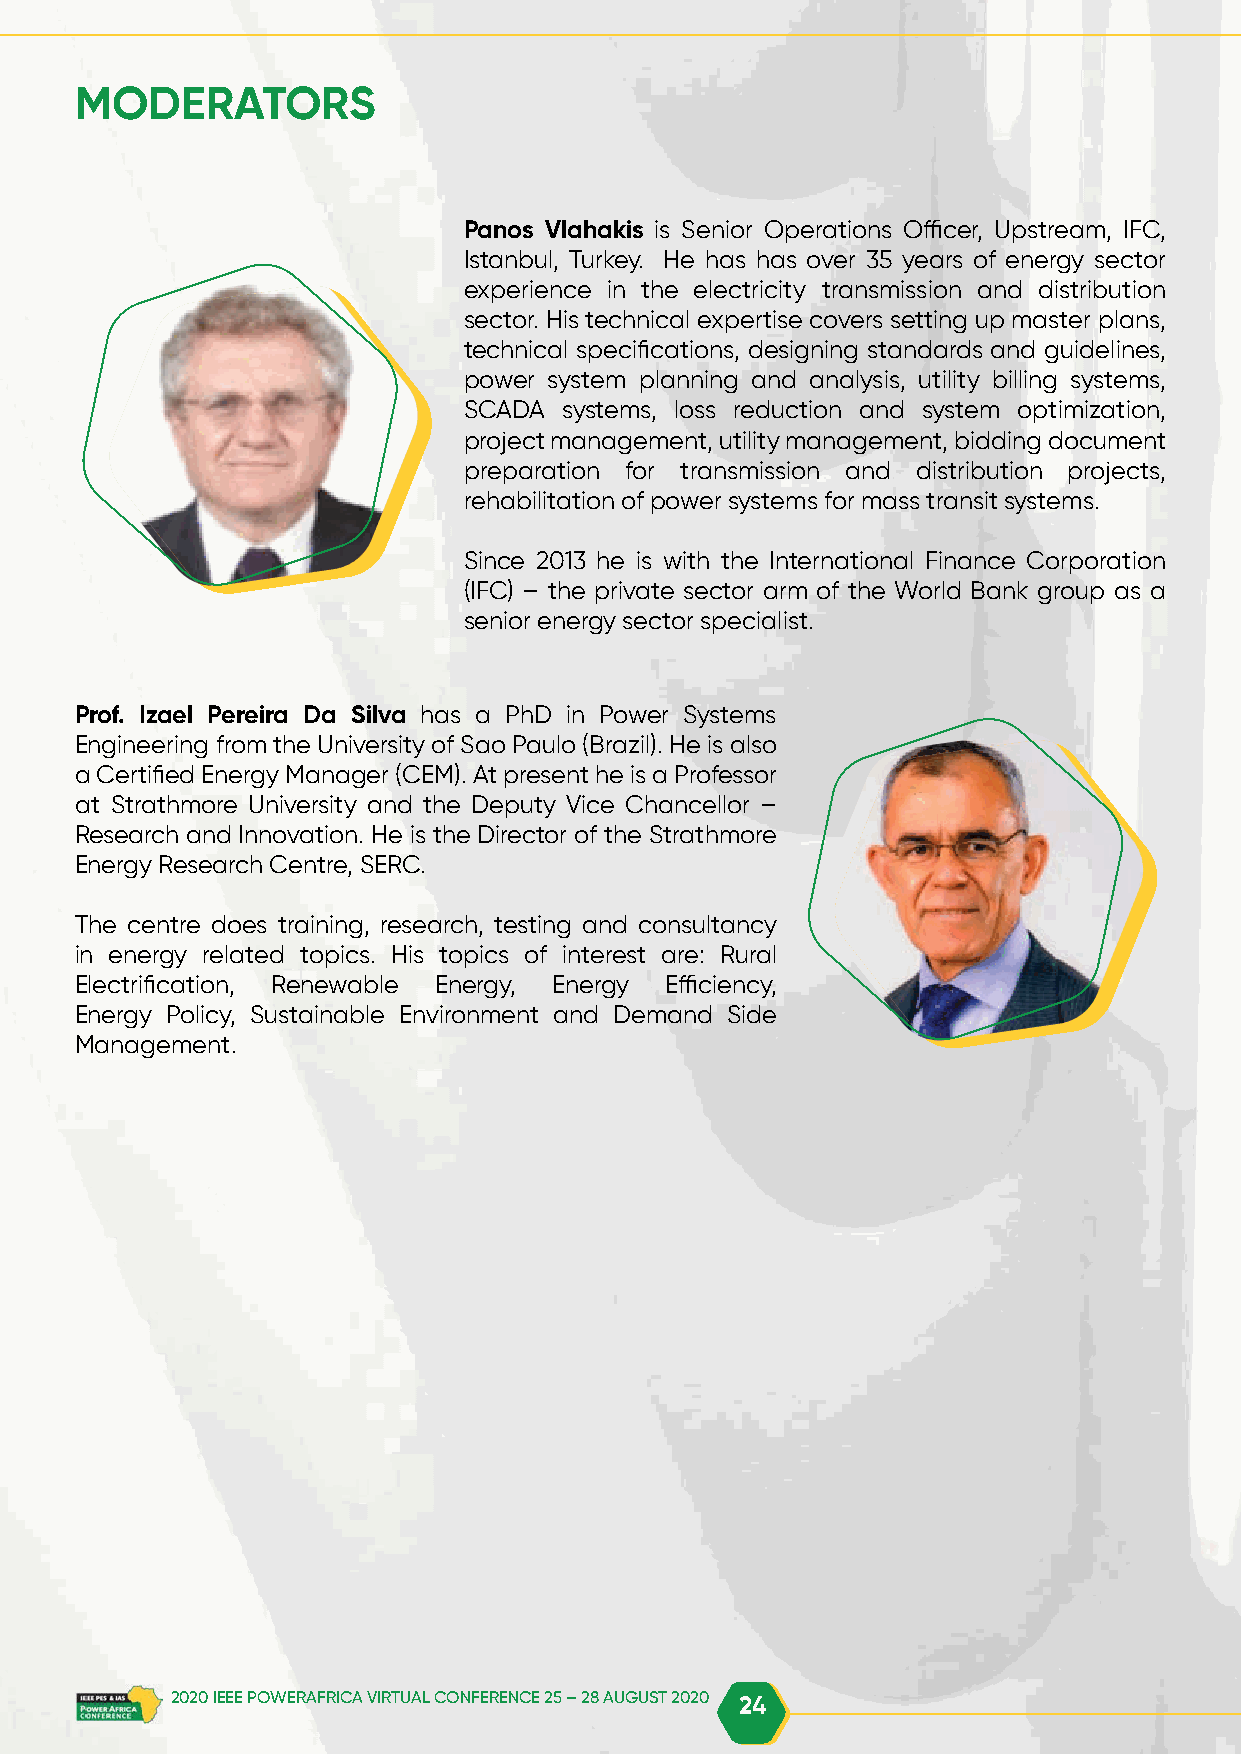
MODERATORS
 Panos Vlahakis is Senior Operations Officer, Upstream, IFC,
 Istanbul, Turkey. He has has over 35 years of energy sector
 experience in the electricity transmission and distribution
 sector. His technical expertise covers setting up master plans,
 technical specifications, designing standards and guidelines,
 power system planning and analysis, utility billing systems,
 SCADA systems, loss reduction and system optimization,
 project management, utility management, bidding document
 preparation for transmission and distribution projects,
 rehabilitation of power systems for mass transit systems.
 Since 2013 he is with the International Finance Corporation
 (IFC) – the private sector arm of the World Bank group as a
 senior energy sector specialist.
 Prof. Izael Pereira Da Silva has a PhD in Power Systems
 Engineering from the University of Sao Paulo (Brazil). He is also
 a Certified Energy Manager (CEM). At present he is a Professor
 at Strathmore University and the Deputy Vice Chancellor –
 Research and Innovation. He is the Director of the Strathmore
 Energy Research Centre, SERC.
 The centre does training, research, testing and consultancy
 in energy related topics. His topics of interest are: Rural
 Electrification, Renewable Energy, Energy Efficiency,
 Energy Policy, Sustainable Environment and Demand Side
 Management.
 2020 IEEE POWERAFRICA VIRTUAL CONFERENCE 25 – 28 AUGUST 2020 24